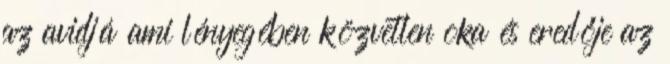
az avidjá ami lényegében közvetlen oka és eredője az